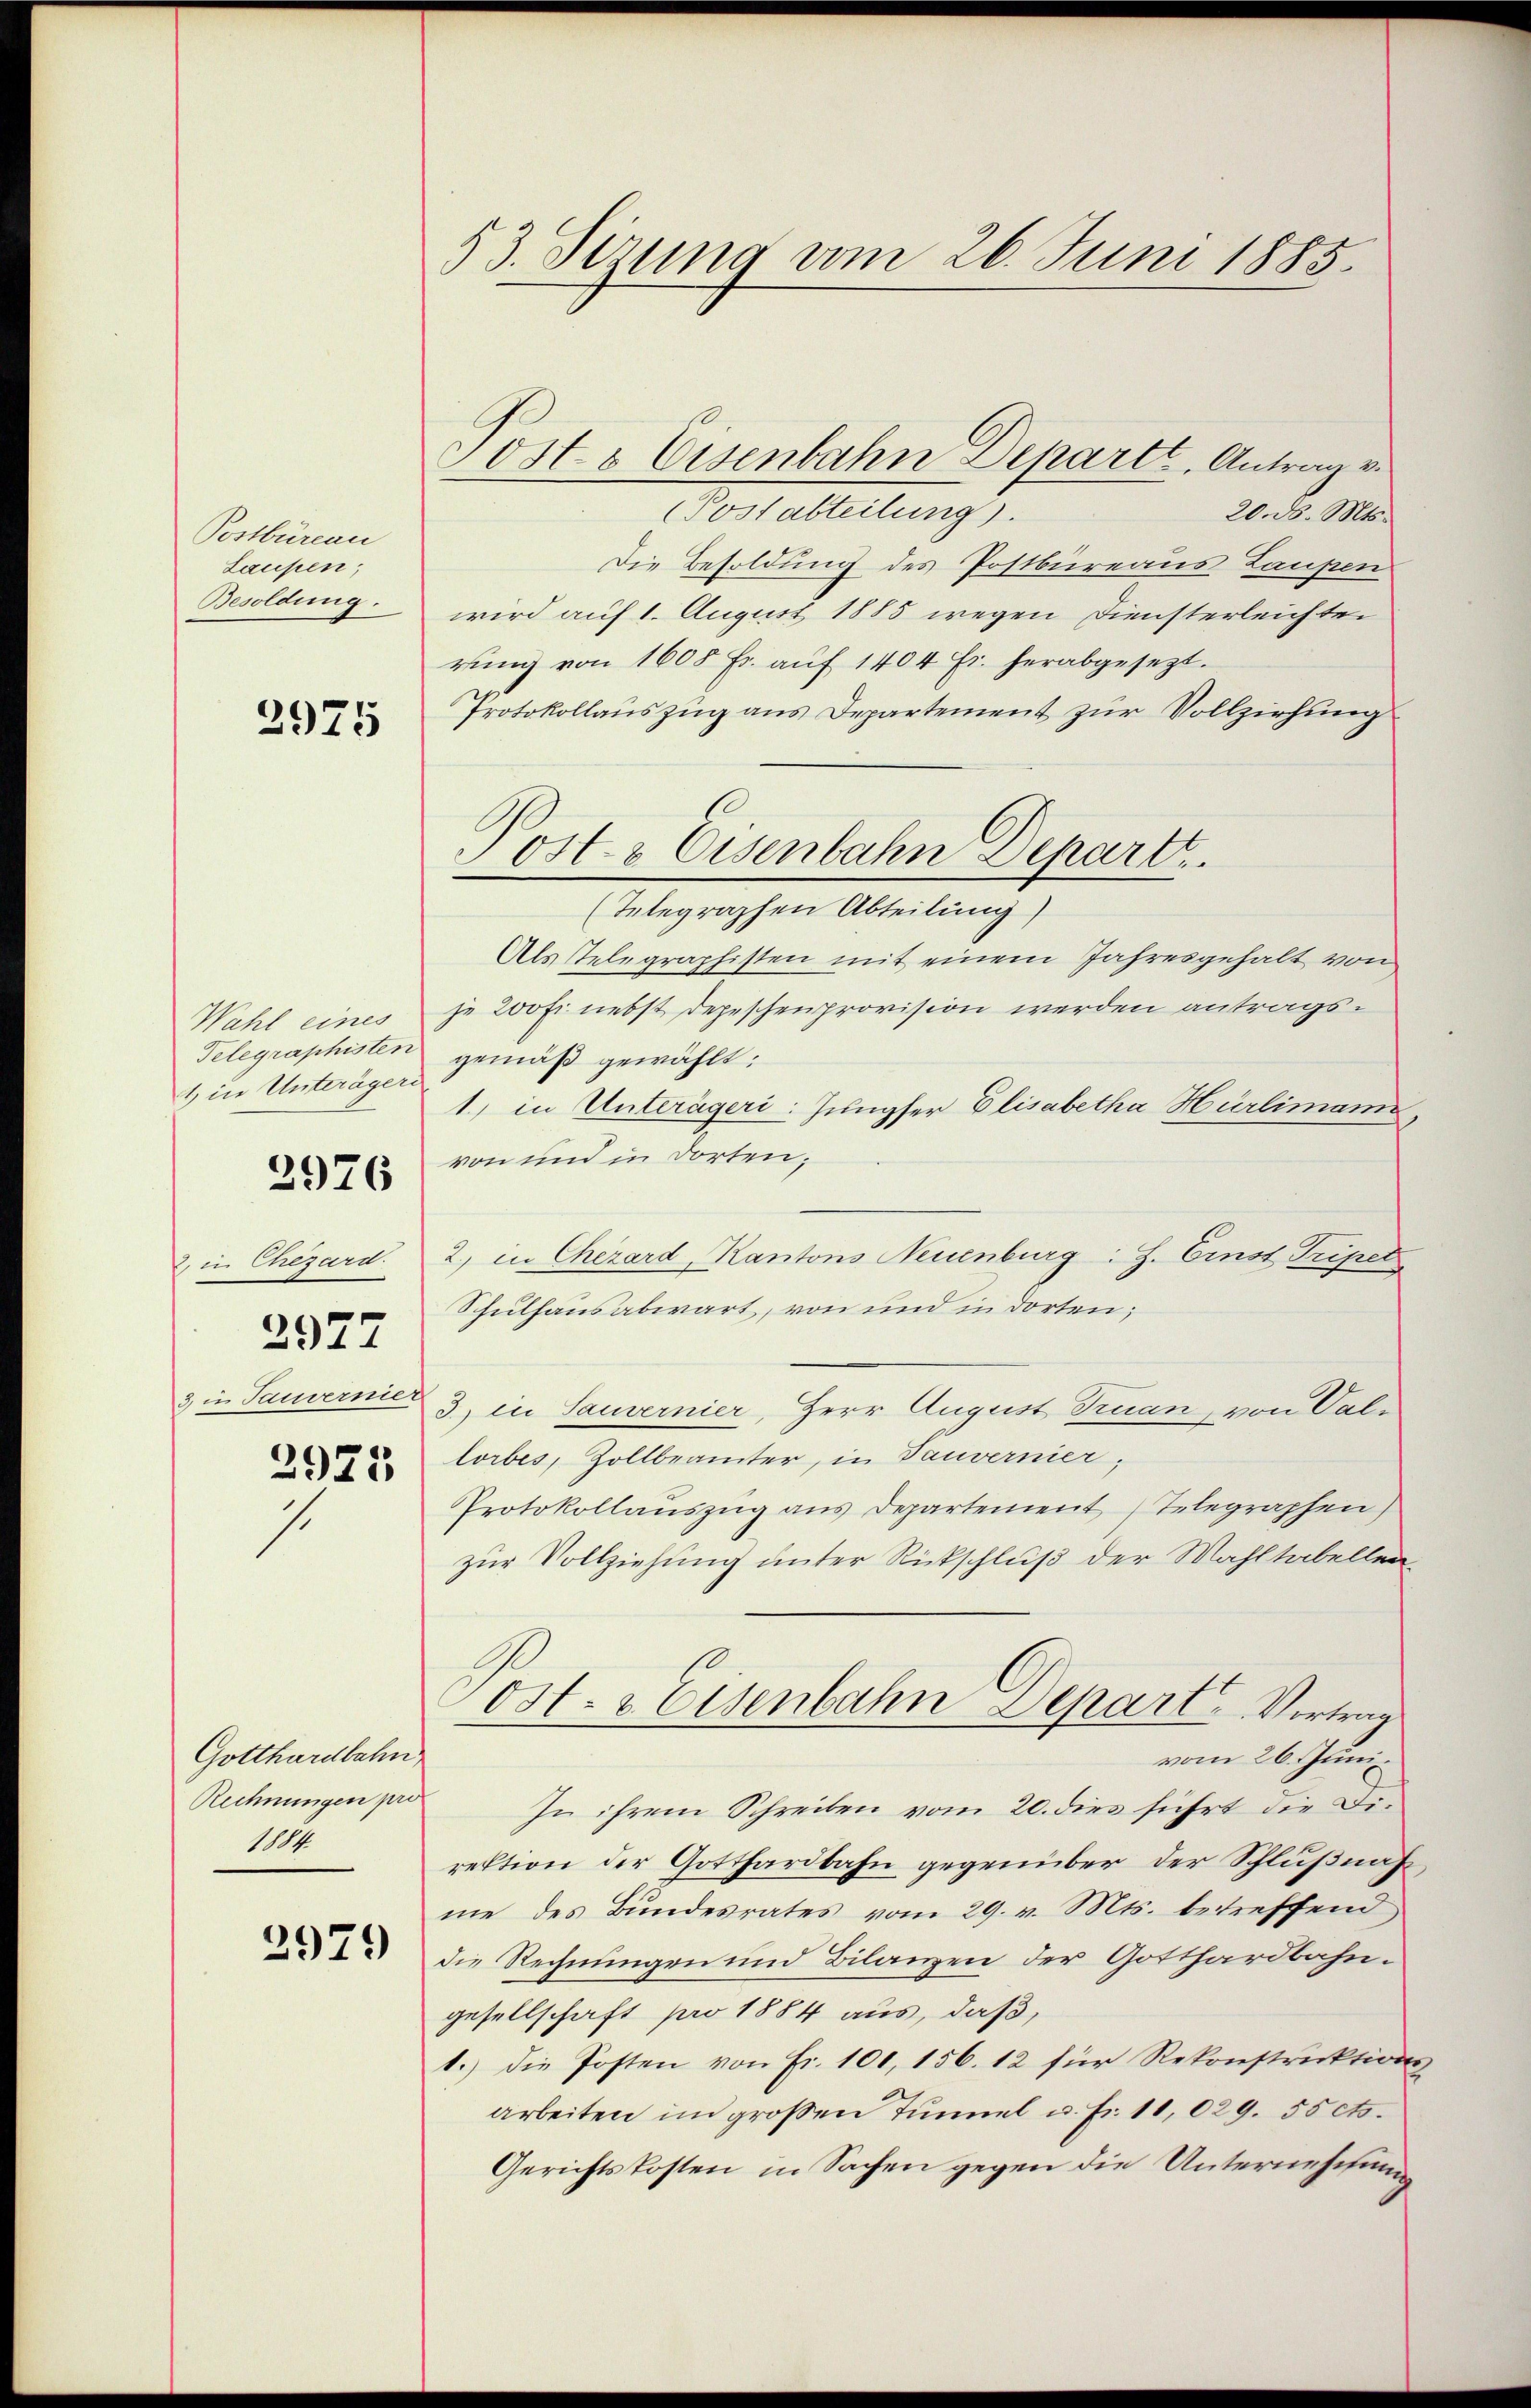
Postbüreau
Laupen;
Besoldung.

2975

Wahl eines
Telegraphisten
1) die Unterägeri

2976

2, in Chezard.
3 in Tauvernier
2975

2977

s

Gotthardbahn,
Rechnungen pro
1104.

2979

53. Sizung am 26. Juni 1885.

Postabteilung).
20. d. Mts.
Die Besoldung des Postbureaus Laupen
wird auf 1. August 1885 wegen Diensterleichte.
rung von 1608 Fr. auf 1404 fr. herabgesezt.
Protokollauszug aus Departement zur Vollziehung
Als Telegraphisten mit einem Jahresgehalt von
je 200 Fr. nebst depeschenprovision werden antragsgemäß gewählt:
1) in Unterägeri: Jungfer Elisabetha Hürlimann
von und in dorten,
2) in Chezard, Kantons Neuenburg: H. Ernst Tripet
Schulhausabwart, von und in dorten;
3.) in Sauvernier, Herr August Truan, von Val-
lorbes, Zollbeamter, in Tauvernier,
Protokollanszŭg ans Departement Telegraphen)
zur Vollziehung unter Rückschluß der Wahltabellen
Ost- & Eisenbahn Depart. Vortrag
vom 26. Juni
In ihrem Schreiben vom 20. dies führt die Direktion der Gotthardbahn gegenüber der Schlußnahme des Bŭndesrates vom 29. v. Mts. betreffend
die Rechnungen und Bilanzen der Gotthardbahngesellschaft pro 1884 aus, daß,
1.) Die Posten von Fr. 100, 156. 12 für Rekonstruktionsarbeiten im großen Tunnel u. Fr. 11,029. 55 cts.
Gerichtskosten in Sachen gegen die Unterneschung

Post & Eisenbahn Depart.
(Telegraphen Abteilung)

Posts Eisenbahn Departe, Antrag v